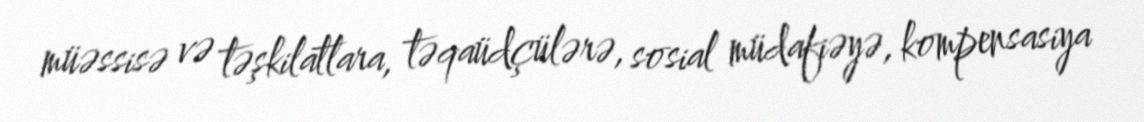
müəssisə və təşkilatlara, təqaüdçülərə, sosial müdafiəyə, kompensasiya